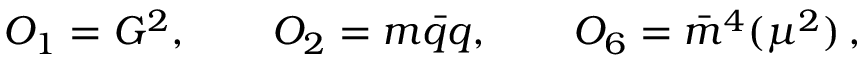
{ \cal O } _ { 1 } = G ^ { 2 } , \qquad { \cal O } _ { 2 } = m \bar { q } q , \qquad { \cal O } _ { 6 } = \bar { m } ^ { 4 } ( \mu ^ { 2 } ) \, ,